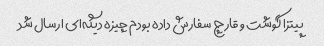
پیتزا گوشت و قارچ سفارش داده بودم چیزه دیگه‌ای ارسال شد